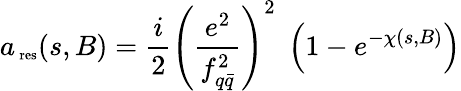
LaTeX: a_{\mathrm{\scriptsize~res}}(s,B)=\frac{i}{2}\left(\frac{e^{2}}{f_{q\bar{q}}^{2}}\right)^{2}\; \left(1-e^{-\chi(s,B)}\right)